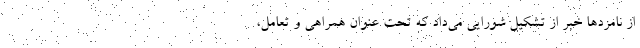
از نامزدها خبر از تشکیل شورایی می‌داد که تحت عنوان همراهی و تعامل،